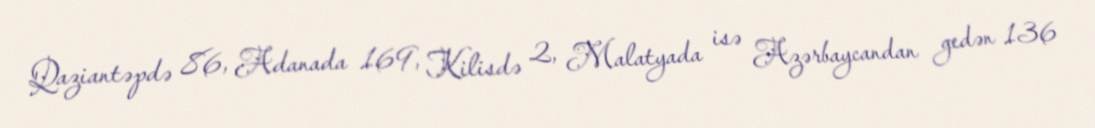
Qaziantəpdə 86, Adanada 169, Kilisdə 2, Malatyada isə Azərbaycandan gedən 136